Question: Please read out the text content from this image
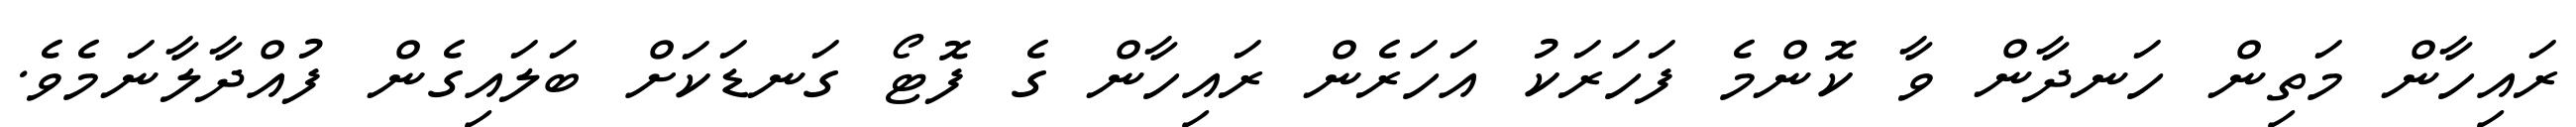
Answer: ރައިހާން މަތިން ހަނދާން ވާ ކޮންމެ ފަހަރަކު އަހަރެން ރައިހާން ގެ ފޮޓޯ ގަނޑަކަށް ބަލައިގެން ފުއްދާލާނަމެވެ.